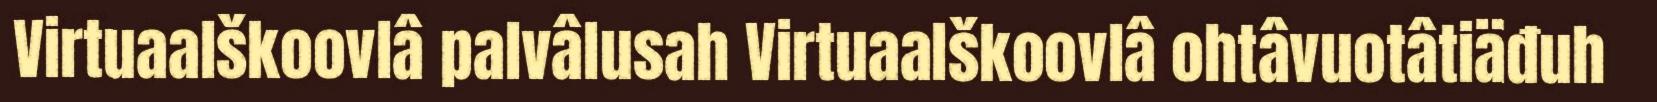
Virtuaalškoovlâ palvâlusah Virtuaalškoovlâ ohtâvuotâtiäđuh